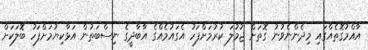
އާއްމުގޮތެއްގައި މިދެންނެވުނު ގޮތަށް ޖުމުލަ ކުރުމަށްފަހު އެގައުމެއްގެ އާބާދީގެ ނިސްބަތުން އަޅާކިޔުމަށްފަހު ބޮލަކަށް